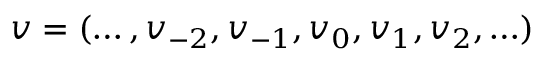
v = ( \ldots , v _ { - 2 } , v _ { - 1 } , v _ { 0 } , v _ { 1 } , v _ { 2 } , \ldots )